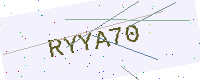
Text: RYYA70